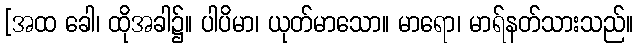
[အထ ခေါ၊ ထိုအခါ၌။ ပါပိမာ၊ ယုတ်မာသော။ မာရော၊ မာရ်နတ်သားသည်။